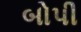
બોપી